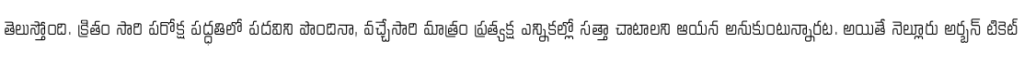
తెలుస్తోంది. క్రితం సారి పరోక్ష పద్ధతిలో పదవిని పొందినా, వచ్చేసారి మాత్రం ప్రత్యక్ష ఎన్నికల్లో సత్తా చాటాలని ఆయన అనుకుంటున్నారట. అయితే నెల్లూరు అర్బన్ టికెట్